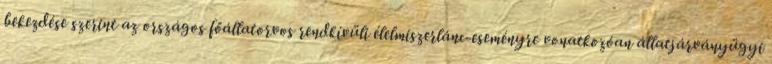
bekezdése szerint az országos főállatorvos rendkívüli élelmiszerlánc-eseményre vonatkozóan állatjárványügyi